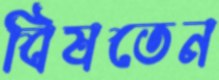
বিষতেন